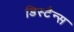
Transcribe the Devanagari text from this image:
डिस्टैन्स